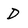
Character: D